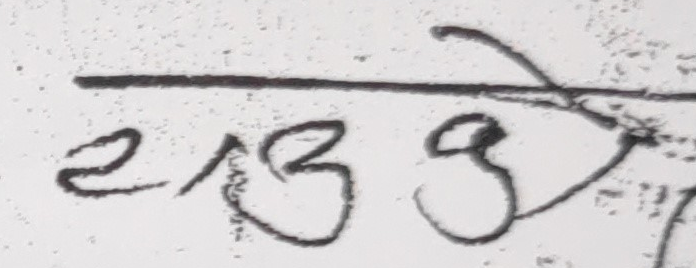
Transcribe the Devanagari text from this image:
२।३ ओले